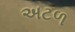
અટળ